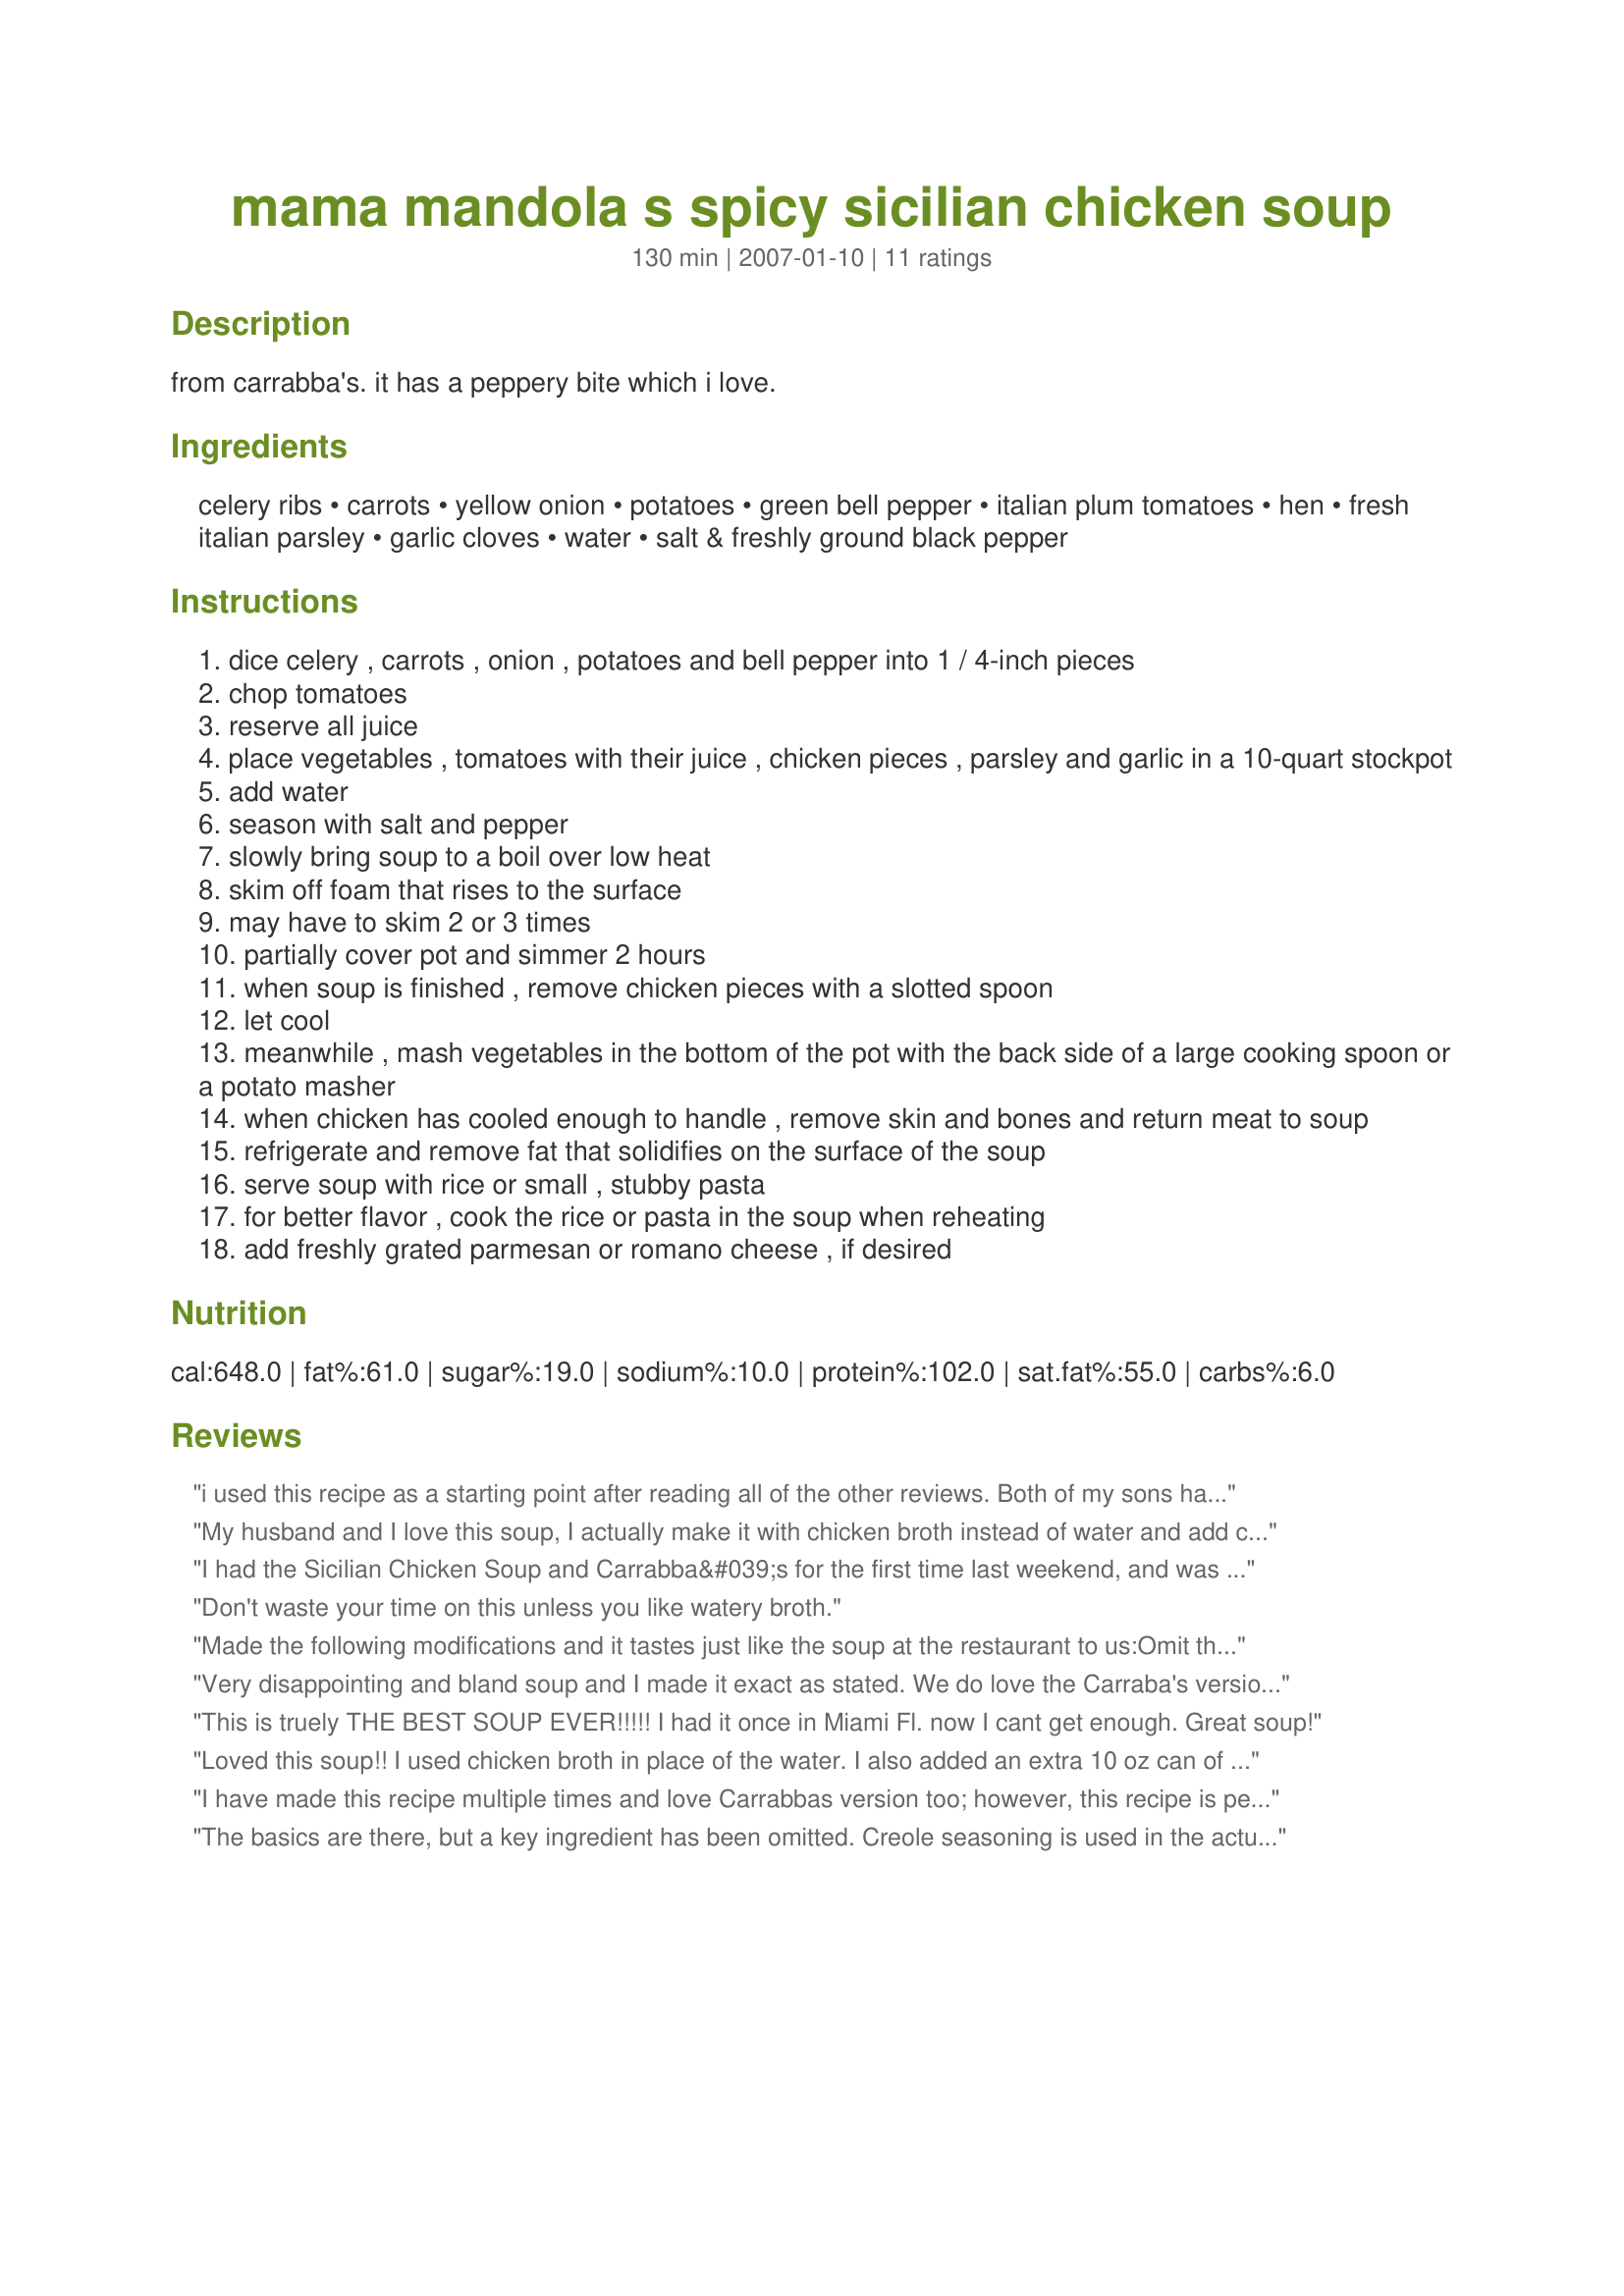
mama mandola s spicy sicilian chicken soup
Preparation time: 130 minutes

from carrabba's. it has a peppery bite which i love.

Ingredients:
celery ribs, carrots, yellow onion, potatoes, green bell pepper, italian plum tomatoes, hen, fresh italian parsley, garlic cloves, water, salt & freshly ground black pepper

Steps:
dice celery , carrots , onion , potatoes and bell pepper into 1 / 4-inch pieces
chop tomatoes
reserve all juice
place vegetables , tomatoes with their juice , chicken pieces , parsley and garlic in a 10-quart stockpot
add water
season with salt and pepper
slowly bring soup to a boil over low heat
skim off foam that rises to the surface
may have to skim 2 or 3 times
partially cover pot and simmer 2 hours
when soup is finished , remove chicken pieces with a slotted spoon
let cool
meanwhile , mash vegetables in the bottom of the pot with the back side of a large cooking spoon or a potato masher
when chicken has cooled enough to handle , remove skin and bones and return meat to soup
refrigerate and remove fat that solidifies on the surface of the soup
serve soup with rice or small , stubby pasta
for better flavor , cook the rice or pasta in the soup when reheating
add freshly grated parmesan or romano cheese , if desired

Reviews:
i used this recipe as a starting point after reading all of the other reviews. Both of my sons have worked at Carrabbas in the past so I asked the manager about this soup recipe. He told me that contrary to what most people think, salt and pepper are the only seasoning in this soup. So, with that in mind, I used onion, celery, carrot, potato, tomatoes, salt and pepper in the stockpot with my chicken. I used no green bell pepper or garlic. I did, however, add just a touch of red pepper, per personal preference. It is amazing. I am going to cook my pasta separately and add to the bowls rather than the whole pot, as that is how it is done at Carrabba's! Hope this is helpful!
My husband and I love this soup, I actually make it with chicken broth instead of water and add creole seasoning and its fabulous. I still dont think it tastes exactly like Carrabba's soup, but its a good enough substitute in between visits..
I had the Sicilian Chicken Soup and Carrabba&#039;s for the first time last weekend, and was hooked. Probably the best chicken soup I&#039;ve ever had, so I decided to look for a recipe. I saw the good reviews on this recipe so I decided to give it a try. One thing I noticed is that it is WAY too peppery (or perhaps the soup that I had wasn&#039;t made right?), and I only put half of the pepper the recipe calls for -- 1 TB of white pepper and 1 TB of black pepper. I suppose all jars of pepper are not created equal, so perhaps that&#039;s why it is so peppery, but my advice is to work up the pepper content to your own tastes!
Don't waste your time on this unless you like watery broth.
Made the following modifications and it tastes just like the soup at the restaurant to us:<br/><br/>Omit the bell pepper.<br/>Use chicken broth instead of water.<br/>Add about 1.5 tbsp of creole seasoning (don't add salt on top of this, wait and taste it to see if you need more).<br/>Use lots of fresh ground black pepper.<br/>Add 2 tbsp of white wine vinegar (it was definitely missing acid without it).
Very disappointing and bland soup and I made it exact as stated. We do love the Carraba's version and have been trying to copy it for a while, this recipe is all over the internet and it is so off. I remade it using 6 quarts of stock and loaded up on a variety of spicys per the actual Carraba's soup and it came a little closer, but still no Carraba's version (we bought the soup from Carraba's again the day we made this because this was so so off!) Anyhow, the Carraba's version is a million times better then this bland version. Keep searching if you want to make the Carraba's version, cause this isn't it!
This is truely THE BEST SOUP EVER!!!!!
I had it once in Miami Fl. now I cant get enough. Great soup!
Loved this soup!! I used chicken broth in place of the water. I also added an extra 10 oz can of tomato sauce. I added a bit of cayenne pepper to make it spicier, when prepared as written, its not very spicy. And I used chicken breast instead of cut up chicken or hen pieces. It was very good. The last half hour, I add either 1/2 cup of Orzo pasta or 1 cup of Ditalini pasta. Both work great. Diatlini is better, though. Loved it.
I have made this recipe multiple times and love Carrabbas version too; however, this recipe is perfect! It is definitely worth the time to make the broth....without it it would lack the depth of flavor that EVERY ingredient brings. Serving the pasta on the side will prevent overly thick starchy soup and soggy pasta. Enjoy!
The basics are there, but a key ingredient has been omitted. Creole seasoning is used in the actual recipe and no bell peppers are used. I wasn't a cook at Carrabba's, but I did work there for quite some time, so I did know a few of the secrets. :)
The best soup ever! I used to go to Carrabba's just for this soup, but not anymore! I cook this at home at least once every couple of weeks. Every person who tastes this soup says that this is the best soup they've EVER tasted. Thank you for sharing the recipe.
